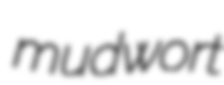
mudwort